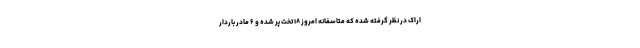
اراک در نظر گرفته شده که متاسفانه امروز ۱۸ تخت پر شده و ۶ مادر باردار